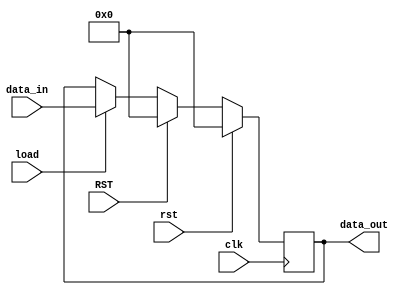
`timescale 1ns / 1ps
//////////////////////////////////////////////////////////////////////////////////

//////////////////////////////////////////////////////////////////////////////////


`timescale 1ns / 1ps
//////////////////////////////////////////////////////////////////////////////////

module PIPOAM2(data_out,
             clk,
             data_in,
             rst,
             load,
             RST);
             
parameter acc_width=32;  // width of accumulator 

output reg[acc_width-1:0] data_out;
input[acc_width-1:0] data_in;  
input clk,
      rst,
      load,
      RST;
always @(posedge clk)
begin
 if(rst)
  data_out<= #3 0;
 else if(RST)
  data_out<= #3 0;
 else if(load)
  data_out<= #3 data_in; 
end                       
endmodule